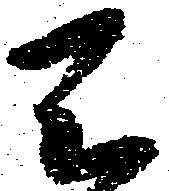
天